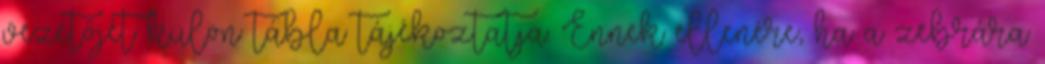
vezetőjét külön tábla tájékoztatja. Ennek ellenére, ha a zebrára